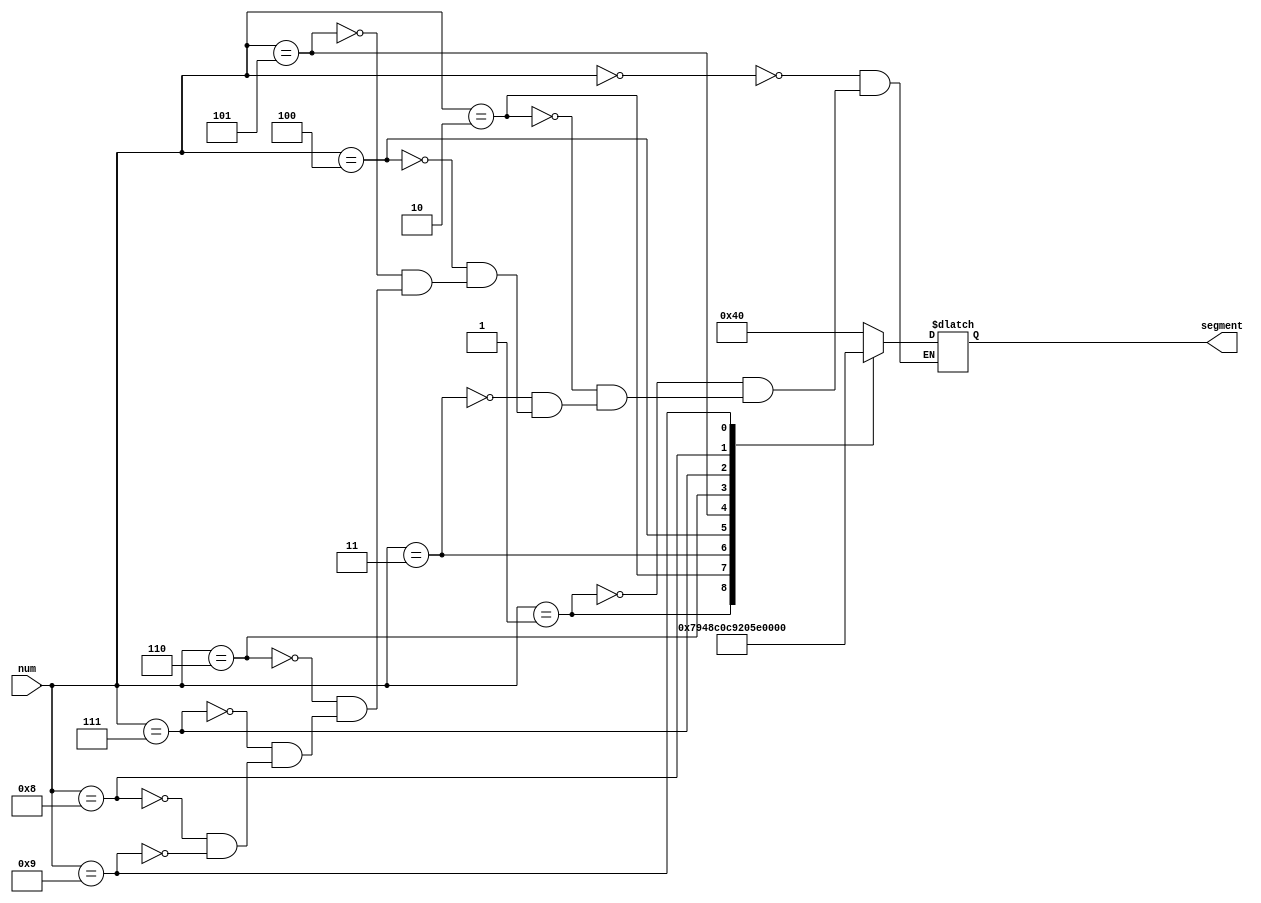
`timescale 1ns / 1ps
//////////////////////////////////////////////////////////////////////////////////
// Company: 
// Engineer: 
// 
// Design Name: 
// Module Name: digit_to_segment
// Project Name: 
// Target Devices: 
// Tool Versions: 
// Description: 
// 
// Dependencies: 
// 
// Revision:
// Revision 0.01 - File Created
// Additional Comments:
// 
//////////////////////////////////////////////////////////////////////////////////


module digit_to_segment(
//input
num,
//output
segment
    );
    
    input [3:0] num;
    output [6:0] segment;
    reg [6:0] segment_temp;
    
    always @ (num) begin
        case (num) 
            0: segment_temp = 7'b1000000; 
            1: segment_temp = 7'b1111001; 
            2: segment_temp = 7'b0100100; 
            3: segment_temp = 7'b0110000; 
            4: segment_temp = 7'b0011001; 
            5: segment_temp = 7'b0010010; 
            6: segment_temp = 7'b0000010; 
            7: segment_temp = 7'b1111000; 
            8: segment_temp = 7'b0000000; 
            9: segment_temp = 7'b0010000; 
        endcase
    end
    assign segment = segment_temp;
endmodule